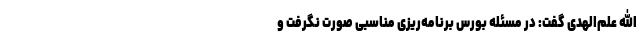
الله علم‌الهدی گفت: در مسئله بورس برنامه‌ریزی مناسبی صورت نگرفت و